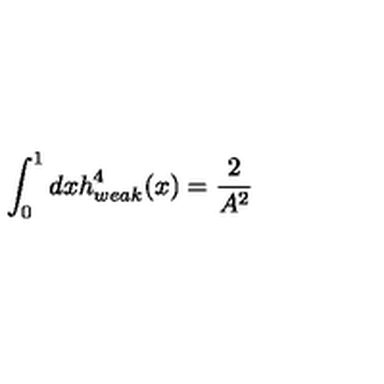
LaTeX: \int _ { 0 } ^ { 1 } d x h _ { w e a k } ^ { 4 } ( x ) = \frac { 2 } { A ^ { 2 } }